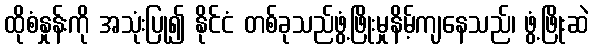
ထိုစံနှုန်းကို အသုံးပြု၍ နိုင်ငံ တစ်ခုသည်ဖွံ့ဖြိုးမှုနိမ့်ကျနေသည်၊ ဖွံ့ဖြိုးဆဲ